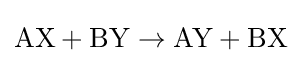
{\textstyle \mathrm {{AX}+{BY}} \rightarrow \mathrm {{AY}+{BX}} }